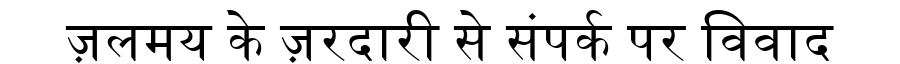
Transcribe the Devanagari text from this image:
ज़लमय के ज़रदारी से संपर्क पर विवाद